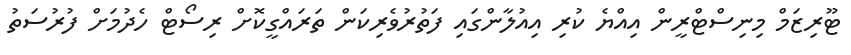
ޓޫރިޒަމް މިނިސްޓްރީން އިއްޔެ ކުރި އިއުލާންގައި ފަތުރުވެރިކަން ތަރައްގީކޮށް ރިސޯޓް ހެދުމަށް ފުރުސަތު